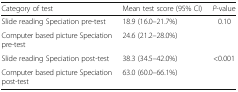
| Category of test | Mean test score (95% CI) | P-value |
 | --- | --- | --- |
 | Slide reading Speciation pre-test | 18.9 (16.0–21.7%) | <ROWSPAN=2> 0.10 |
 | Computer based picture Speciation pre-test | 24.6 (21.2–28.0%) |
 | Slide reading Speciation post-test | 38.3 (34.5–42.0%) | <ROWSPAN=2> <0.001 |
 | Computer based picture Speciation post-test | 63.0 (60.0–66.1%) |